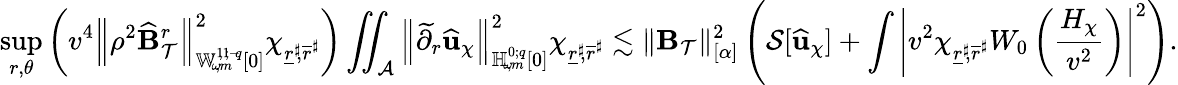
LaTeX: \operatorname*{sup}_{r,\theta}\left(v^{4}\left\lVert\rho^{2}\widehat{\mathbf{B}}_{\mathcal{T}}^{r}\right\rVert_{{\mathbb{W}_{\! \omega\! ,m}^{1\! ,1\! ;{-\! q}}}[0]}^{2}\chi_{\underline{{r}}^{\sharp}\! ,\overline{{r}}^{\sharp}}\right)\iint_{\mathcal{A}}\left\lVert\widetilde{\partial}_{r}\widehat{\mathbf{u}}_{\chi}\right\rVert_{{\mathbb{H}_{\! \omega\! ,m}^{0;{q}}}[0]}^{2}\chi_{\underline{{r}}^{\sharp}\! ,\overline{{r}}^{\sharp}}\lesssim\lVert\mathbf{B}_{\mathcal{T}}\rVert_{[\alpha]}^{2}\left(\mathcal{S}[\widehat{\mathbf{u}}_{\chi}]+\int\left|v^{2}\chi_{\underline{{r}}^{\sharp}\! ,\overline{{r}}^{\sharp}}W_{0}\left(\frac{H_{\chi}}{v^{2}}\right)\right|^{2}\right).